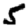
Digit: 5